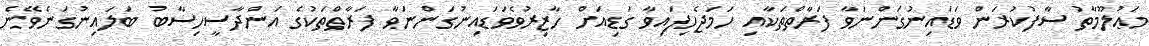
މަޢުލޫމާތު ސާފުކުރަން ވަޑައިނުގަންނަވާ ފަރާތްތަކާއި ހަމަޖެހިފައިވާ ގަޑިއަށް ހާޒިރުވެވަޑައިނުގަންނަވާ ފަރާތްތަކުގެ އަންދާސީހިސާބު ބަލައިނުގަނެވޭނެ